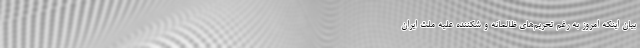
بیان اینکه امروز به رغم تحریم‌های ظالمانه و شکننده علیه ملت ایران